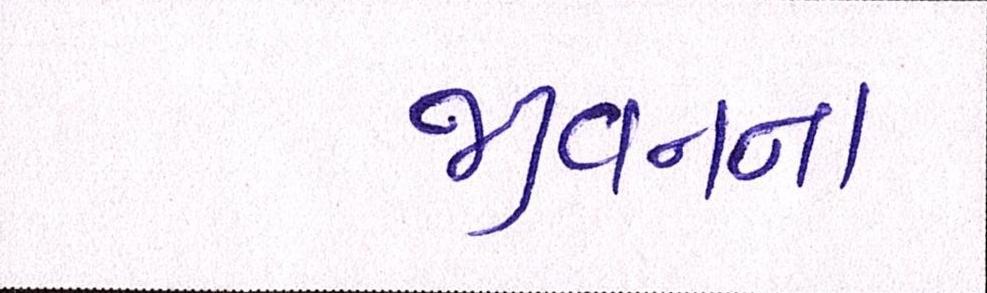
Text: જીવનના